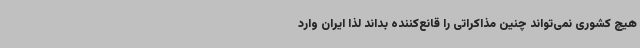
هیچ کشوری نمی‌تواند چنین مذاکراتی را قانع‌کننده بداند لذا ایران وارد